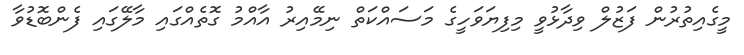
މީގެއިތުރުން ފަޒުލް ވިދާޅުވީ މިފިޔަވަހީގެ މަސައްކަތް ނިމޭއިރު އާއްމު ގޮތެއްގައި މާލޭގައި ފެންބޮޑުވާ